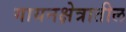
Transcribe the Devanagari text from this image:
गायनक्षेत्रातील